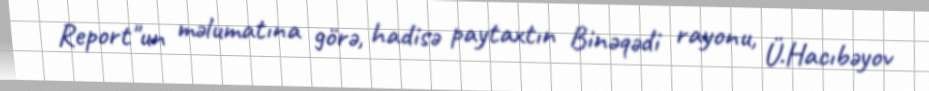
Report"un məlumatına görə, hadisə paytaxtın Binəqədi rayonu, Ü.Hacıbəyov